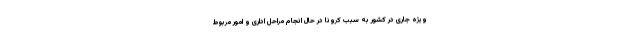
ویژه جاری در کشور به سبب کرونا در حال انجام مراحل اداری و امور مربوط